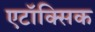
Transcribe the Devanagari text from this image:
एटॉक्सिक